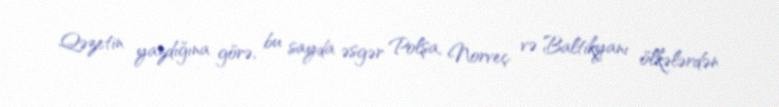
Qəzetin yazdığına görə, bu sayda əsgər Polşa, Norveç və Baltikyanı ölkələrdən